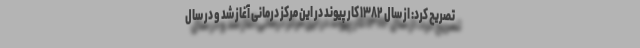
تصریح کرد: از سال ۱۳۸۲ کار پیوند در این مرکز درمانی آغاز شد و در سال